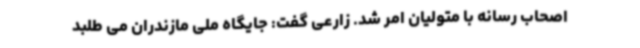
اصحاب رسانه با متولیان امر شد. زارعی گفت: جایگاه ملی مازندران می طلبد